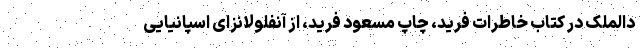
دالملک در کتاب خاطرات فرید، چاپ مسعود فرید، از آنفلولانزای اسپانیایی